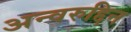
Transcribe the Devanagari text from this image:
अन्वरुद्दिन